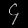
Digit: ၄